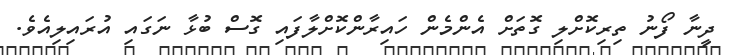
ދީނާ ފޯނު ތިރިކޮށްލި ގޮތަށް އެންމެން ހައިރާންކޮށްލާފައި ގޮސް ބުޅާ ނަގައި އުރައިލިއެވެ.